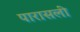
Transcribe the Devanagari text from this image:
पारासली